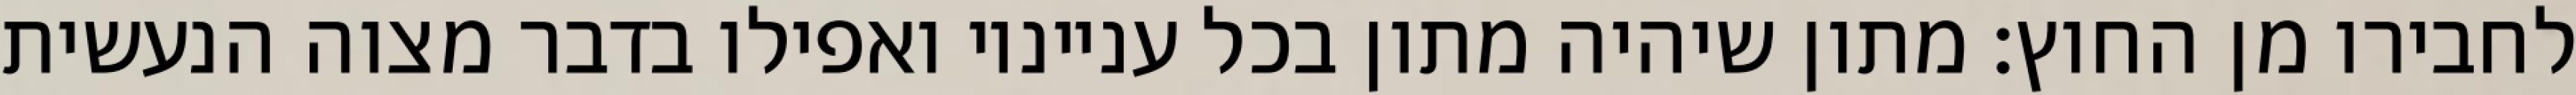
לחבירו מן החוץ: מתון שיהיה מתון בכל ענייניו ואפילו בדבר מצוה הנעשית